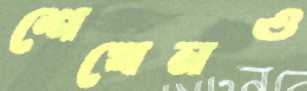
শেখেনও